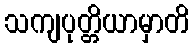
သကျပုတ္တိယာမှာတိ